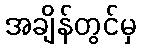
အချိန်တွင်မှ